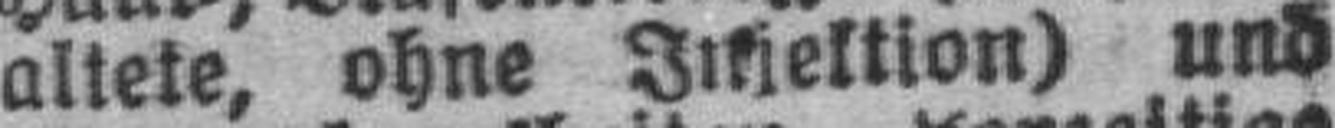
altete, ohne Injektion) und